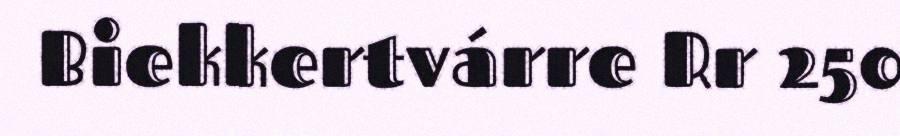
Biekkertvárre Rr 250